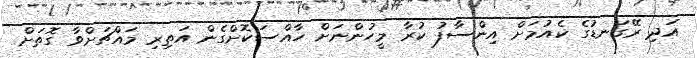
އަދި ރޭގަނޑުގެ ކެއުމަށް އިންސާފު ކުރާ މީހުންނަށް ހާއްސަކޮށްގެން އަތިރި މައްޗަށްވާ ގޮތަށް